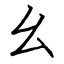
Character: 幺